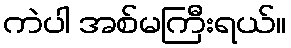
ကဲပါ အစ်မကြီးရယ်။